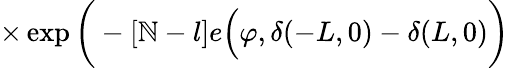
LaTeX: \times\exp\bigg(-[\mathbb{N}-l]e\Big(\varphi,\delta(-L,0)-\delta(L,0)\bigg)